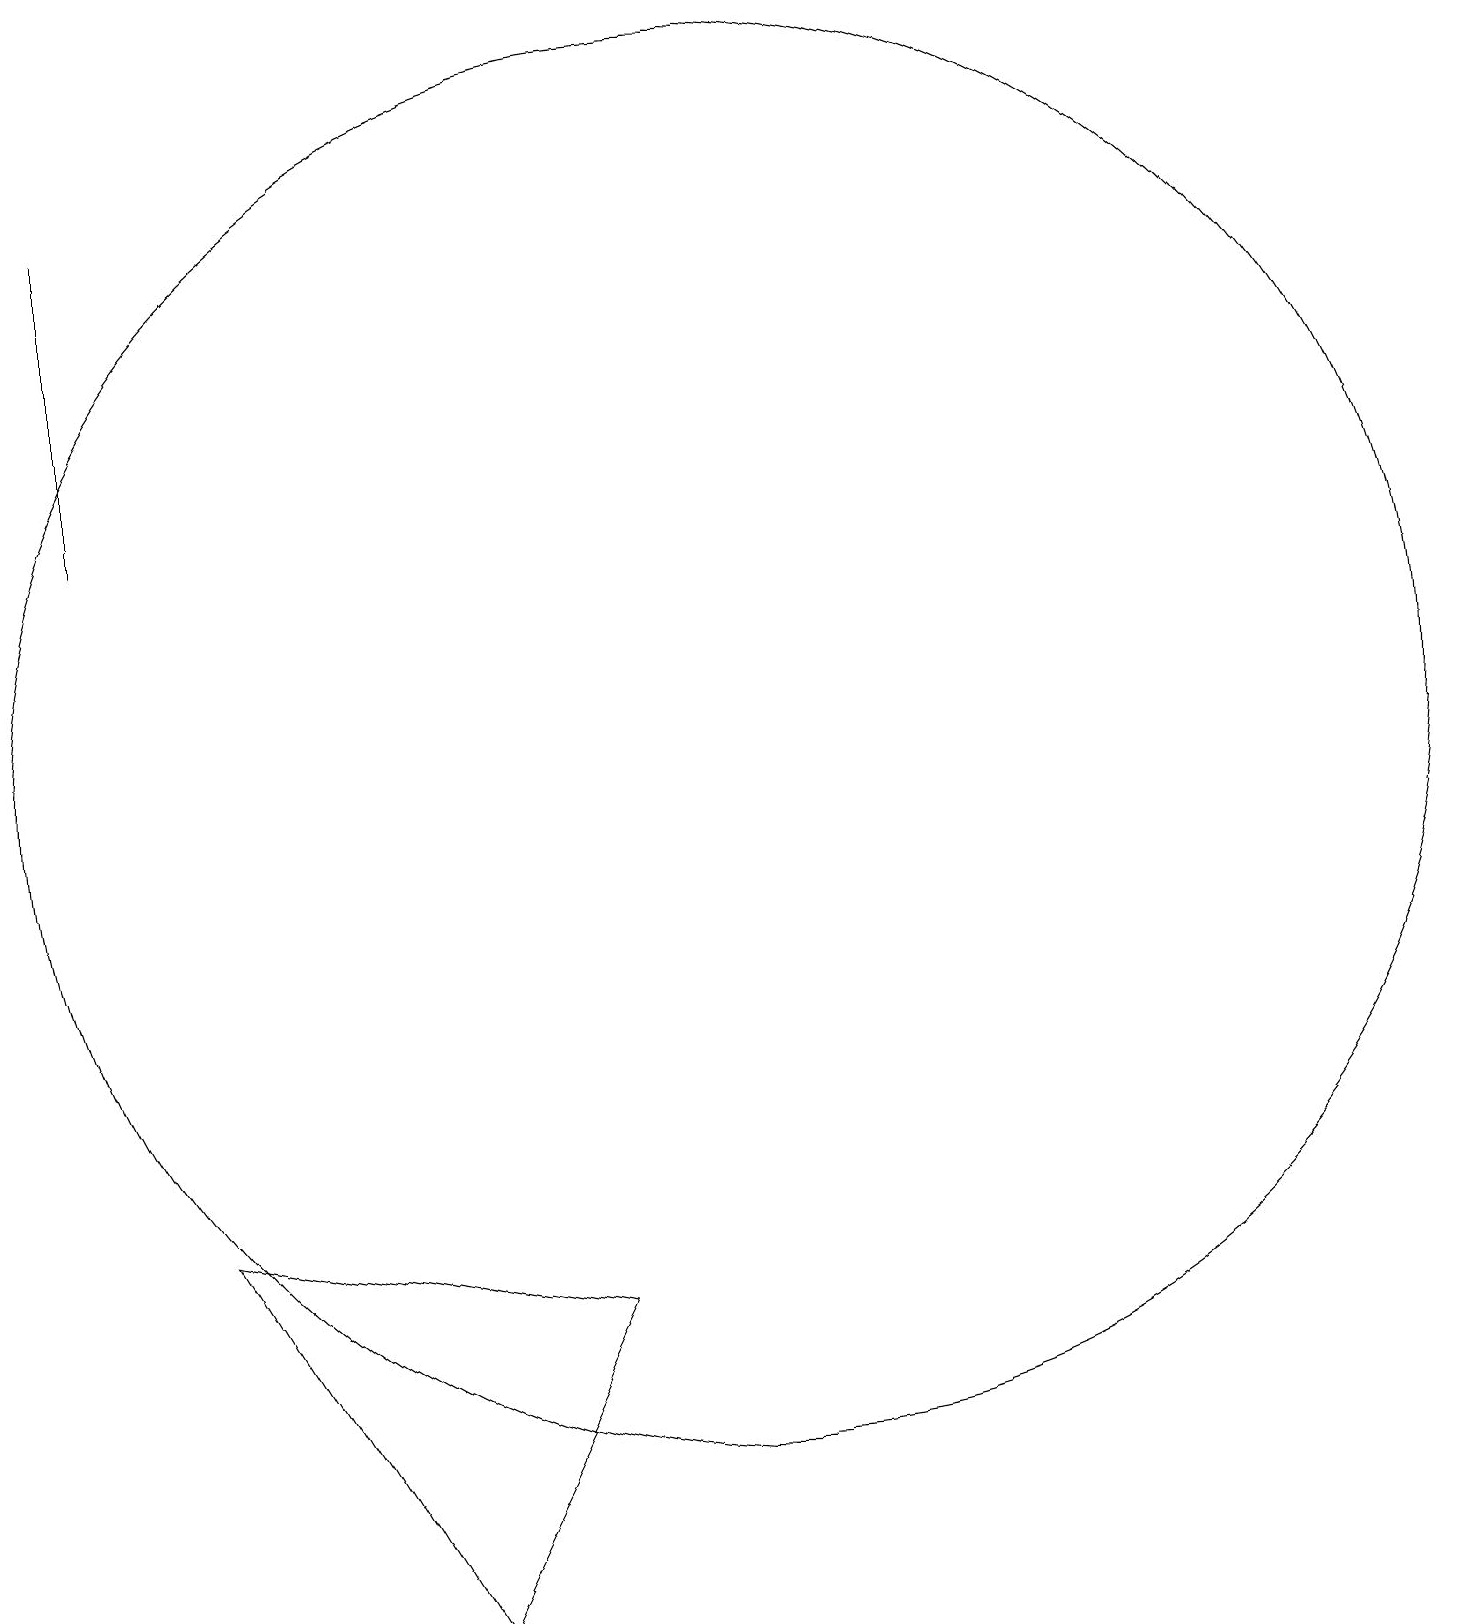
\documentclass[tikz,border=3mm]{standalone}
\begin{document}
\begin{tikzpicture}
\draw (4,6) -- (7,1) -- (9,5) -- cycle;
\draw (3,15) rectangle (3,19);
\draw (11,12) circle (9);
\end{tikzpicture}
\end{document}